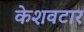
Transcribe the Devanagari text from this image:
केशवटार